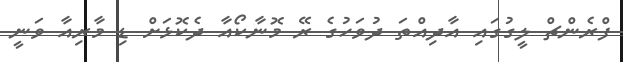
ފްރެންޗް ލީގުގައި އާދިއްތަ ދުވަހުގެ ރޭ މޮނާކޯއާ ދެކޮޅަށް ޑި މާރިއާ ވަނީ